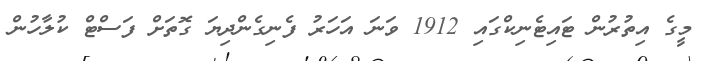
މީގެ އިތުރުން ޓައިޓެނިކްގައި 1912 ވަނަ އަހަރު ފެނިގެންދިޔަ ގޮތަށް ފަސްޓް ކުލާހުން